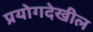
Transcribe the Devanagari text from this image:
प्रयोगदेखील